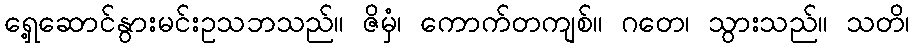
ရှေ့ဆောင်နွားမင်းဥသဘသည်။ ဇိမှံ၊ ကောက်တကျစ်။ ဂတေ၊ သွားသည်။ သတိ၊